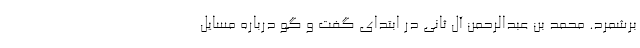
برشمرد. محمد بن عبدالرحمن آل ثانی در ابتدای گفت و گو درباره مسایل